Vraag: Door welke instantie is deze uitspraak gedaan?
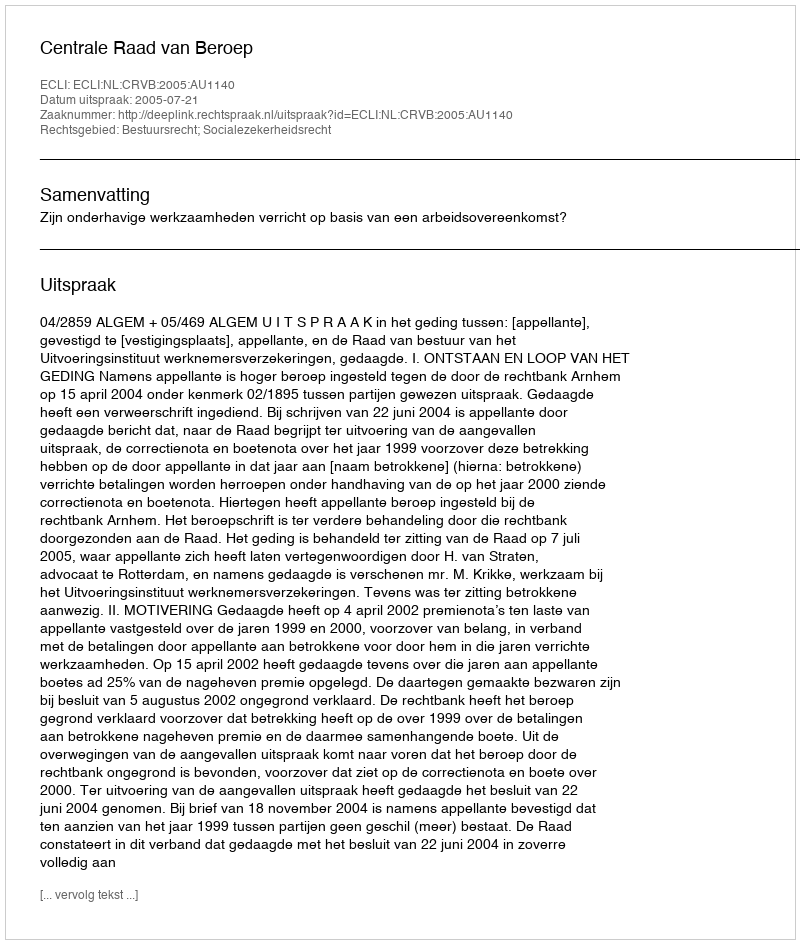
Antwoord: Centrale Raad van Beroep